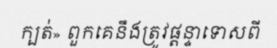
ក្បត់» ពួកគេនឹងត្រូវផ្តន្ទាទោសពី